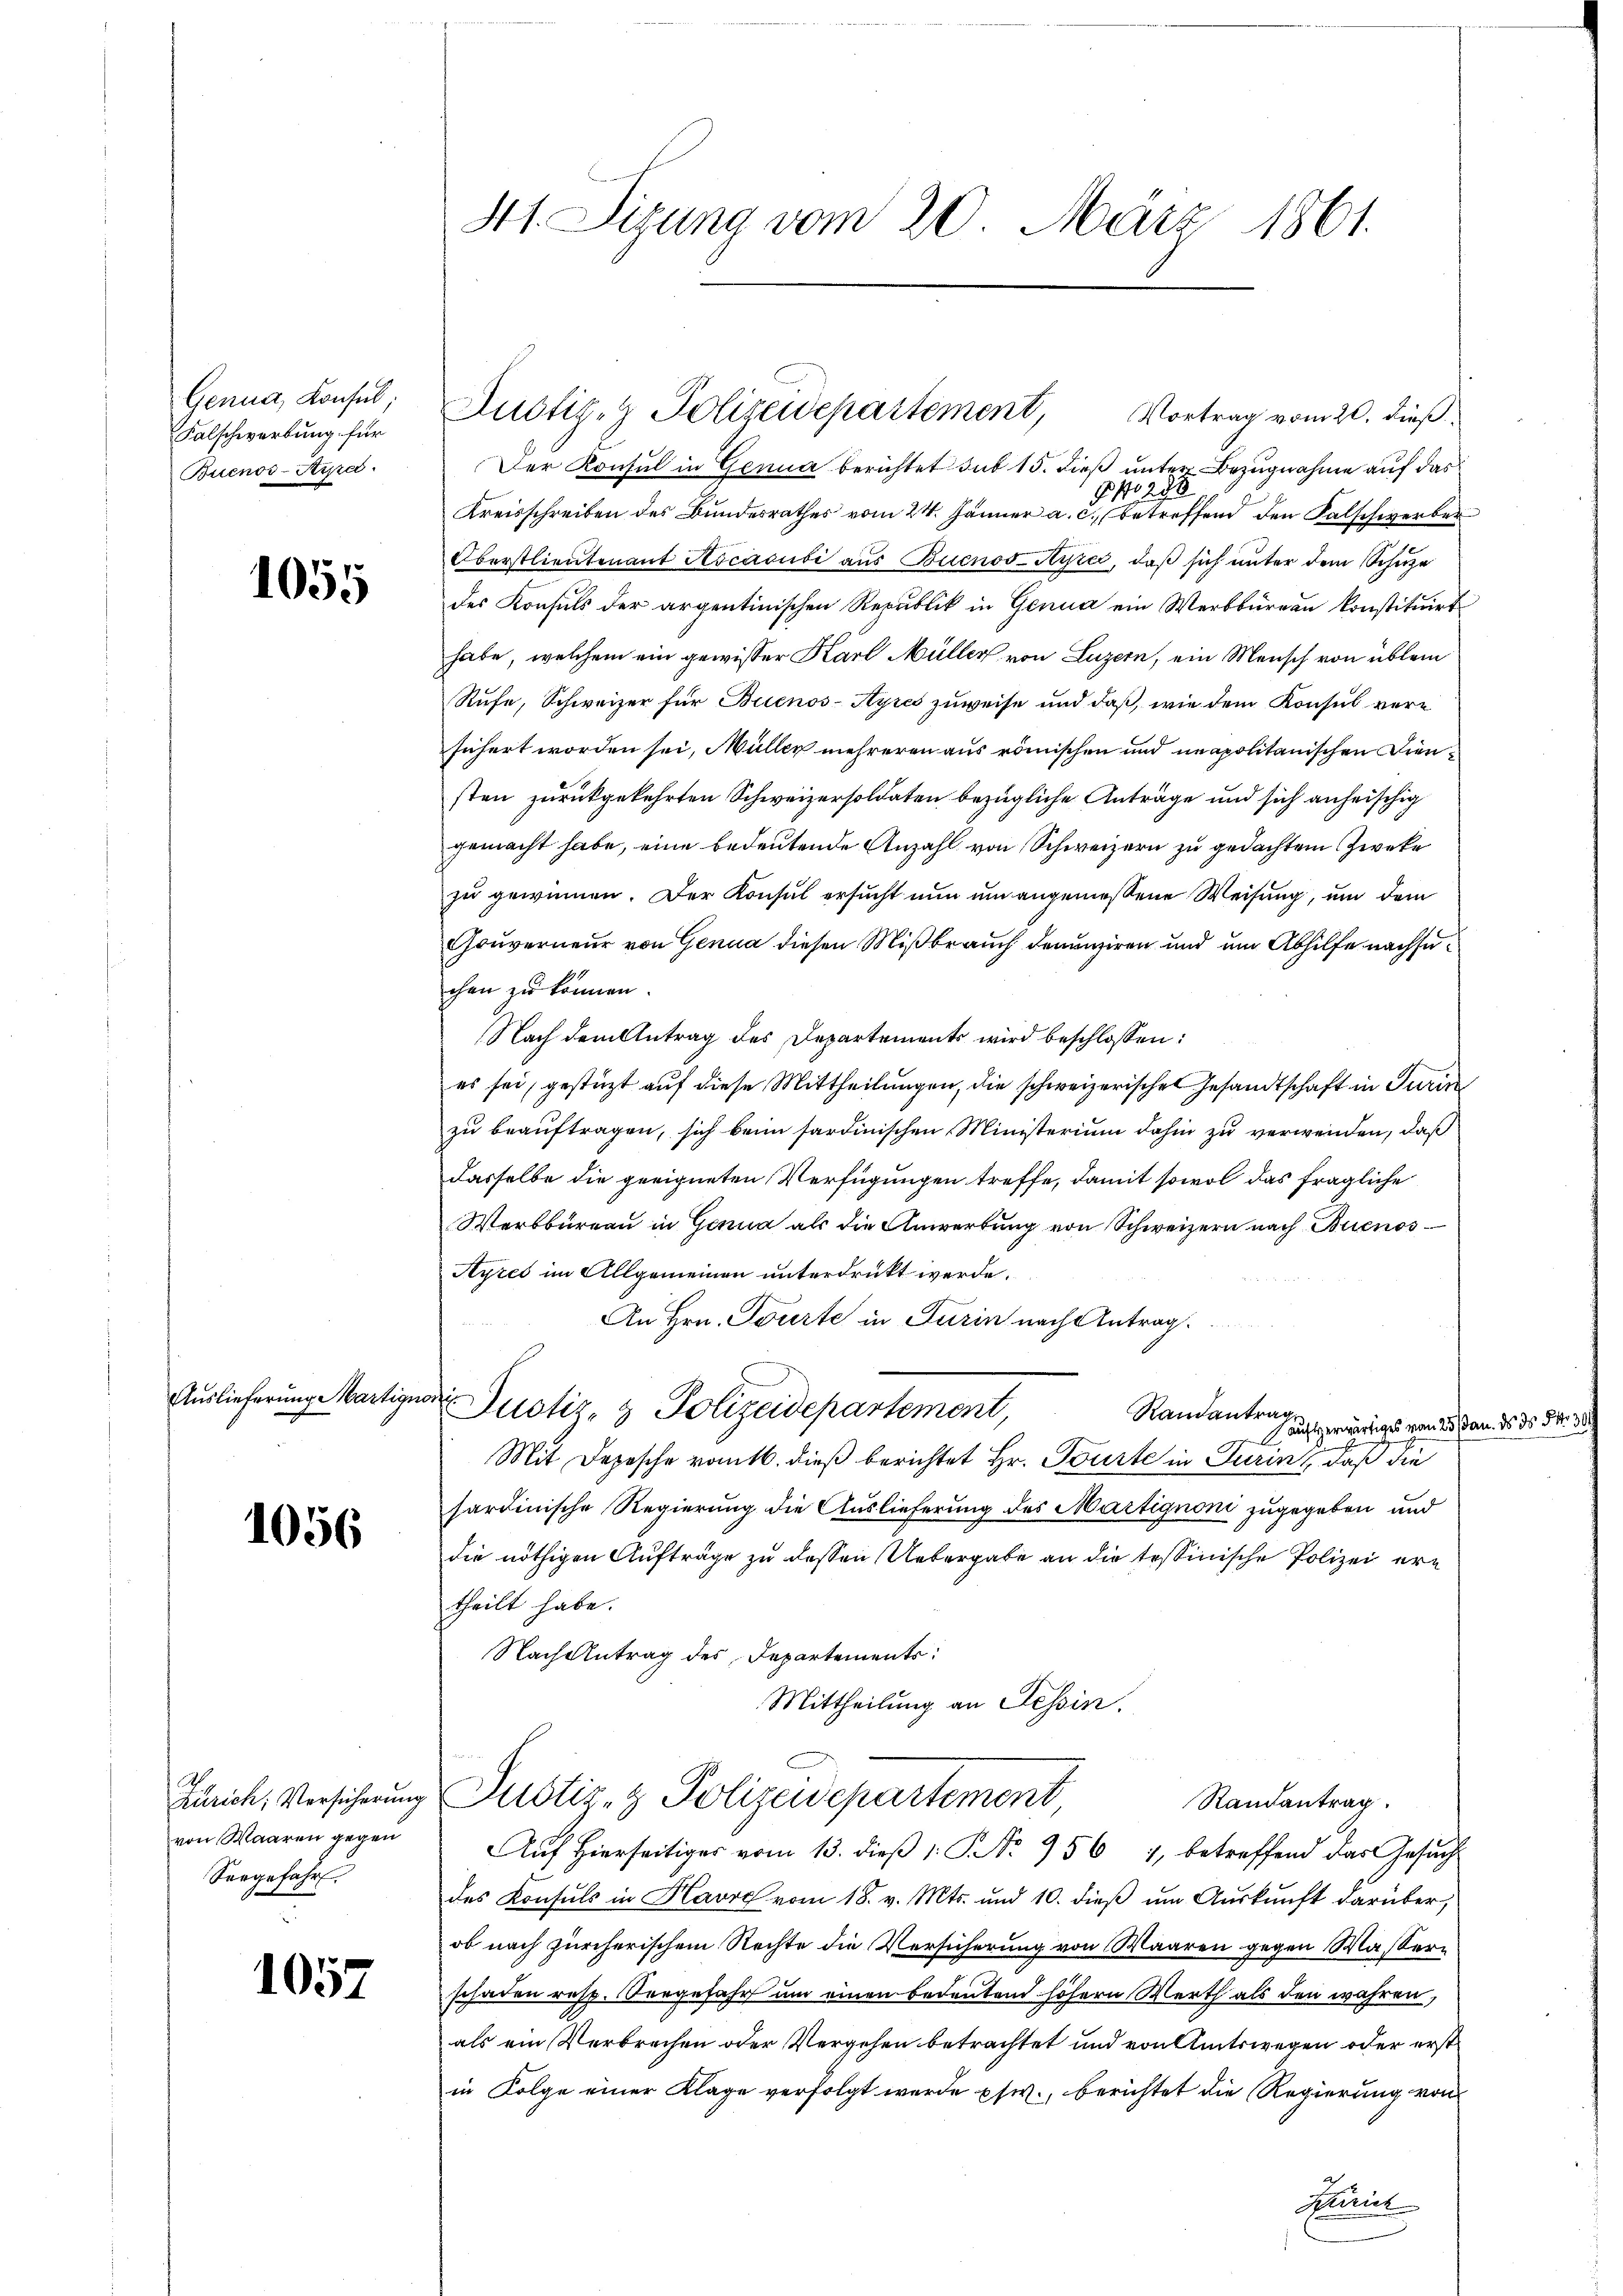
Genua, Konsul
Falschwerbung für
Buenos-Ara.

1055

Auslieferunge Martige

1056

von Waaren gegen
Vorgefahr.

1057

41. Sizung vom 20. März 1861.

Vortrag vom 20. dieß
Der Konsul in Genua berichtet sub 15. dieß unter Bezugnahme auf das
82
5
f
Kreisschreiben des Bundesrathes vom 24. Jänner a. c. betreffend den Falschwerber
Oberstlieutenant Ascacusi aus Buenos-Ayres, daß sich unter dem Schule
des Konsuls der argentinischen Republik in Genua ein Werkbureau konstituirt
habe, welchem ein gewisser Karl Müller von Luzern, ein Mensch von üblei
Rufe, Schweizer für Buenos-Ayres zuweise und daß, wie dem Konsul versichert worden sei, Müller mehreren aus römischen und neapolitanischen Diensten zurückgekehrten Schweizersoldaten bezügliche Anträge und sich anheischig
gemacht habe, eine bedeutende Anzahl von Schweizern zu gedachtem Zwecke
zu gewinnen. Der Konsul ersucht nun um angemessene Weisung, um dem
Gouverneur von Genua diesen Mißbrauch denunziren und um Abhilfe nachsechen zu können.
Nach dem Antrag des Departements wird beschlossen:
es sei, gestüzt auf diese Mittheilungen, die schweizerischen Gesandtschaft in Turin
zu beauftragen, sich beim sardinischen Ministerium dahin zu verwenden, daß
dasselbe die geeigneten Verfügungen treffe, damit sowol das fragliche
Werkbureau in Genua als die Anwerbung von Schweizern nach Buenos¬
Ayres im Allgemeinen unterdrückt werde.
An Hrn. Tourte in Turin nach Antrag.
worfe
Justiz- & Polizeidepartement
Randantrage
aufserwärtiges vom 25ste
Mit Depesche romtb. dieß berichtet Hr. Tourte in Turin, daß die
sardinische Regierung die Auslieferung des Martignoni zugegeben und
die nöthigen Aufträge zu dessen Uebergabe an die tessinische Polizei ertheilt habe.
Nach Antrag des Departements:
Mittheilung an Tessin.
Zürich, Versicherŭng Pustiz- & Polizeidepartement
Randantrag.
Auf Hierseitiges vom 13. dieß 1. P. No. 756 1, betreffend das Gesuch
des Konsuls in Havre vom 18. v. Mts. und 10. dieß um Auskunft darüber,
ob nach zürcherischem Rechte die Versicherung von Waaren gegen Wasser
schaden resp. Vorgefahr um einen Bedeutend höhern Werth als den wahren,
als ein Verbrechen oder Vergehen betrachtet und von Amtswegen oder erst
in Folge einer Klage verfolgt werde psw., berichtet die Regierung von
Flint

Rustiz- & Polizeidepartement,

an. ds ds 54